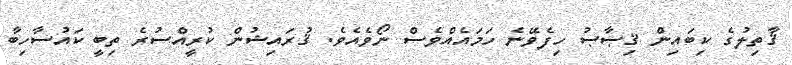
ޤާތިލުގެ ކިބައިން ޤިޞާޞު ހިފެވޭނެ ހަމައެއްވެސް ނޯވެއެވެ. ޤުރައިޝުން ކުރީއްސުރެ ތިބީ ކައުސާހިބާ